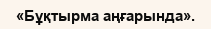
«Бұқтырма аңғарында».